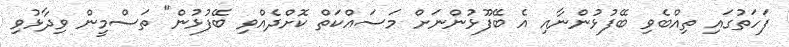
ފަހަތުގައި ތިއްބެވި ބޭފުޅުންނާއި އެ ބޭފޫޅުންނަށް މަސައްކަތް ކޮށްދެއްވި ބޭފުޅުން" ތަސްމީން ވިދާޅުވި